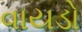
વાયડો